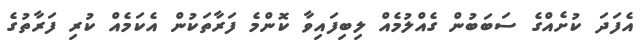
އެފަދަ ކުށެއްގެ ސަބަބުން ގެއްލުމެއް ލިބިފައިވާ ކޮންމެ ފަރާތަކުން އެކަމެއް ކުރި ފަރާތުގެ